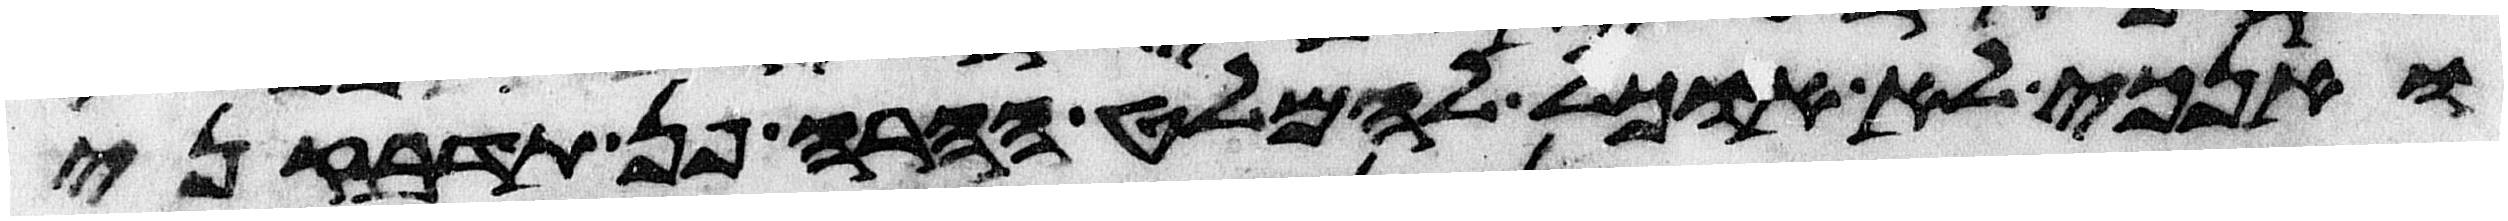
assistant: ואנכי לא אוכל להמלט ההרה פן תדבקני